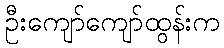
ဦးကျော်ကျော်ထွန်းက